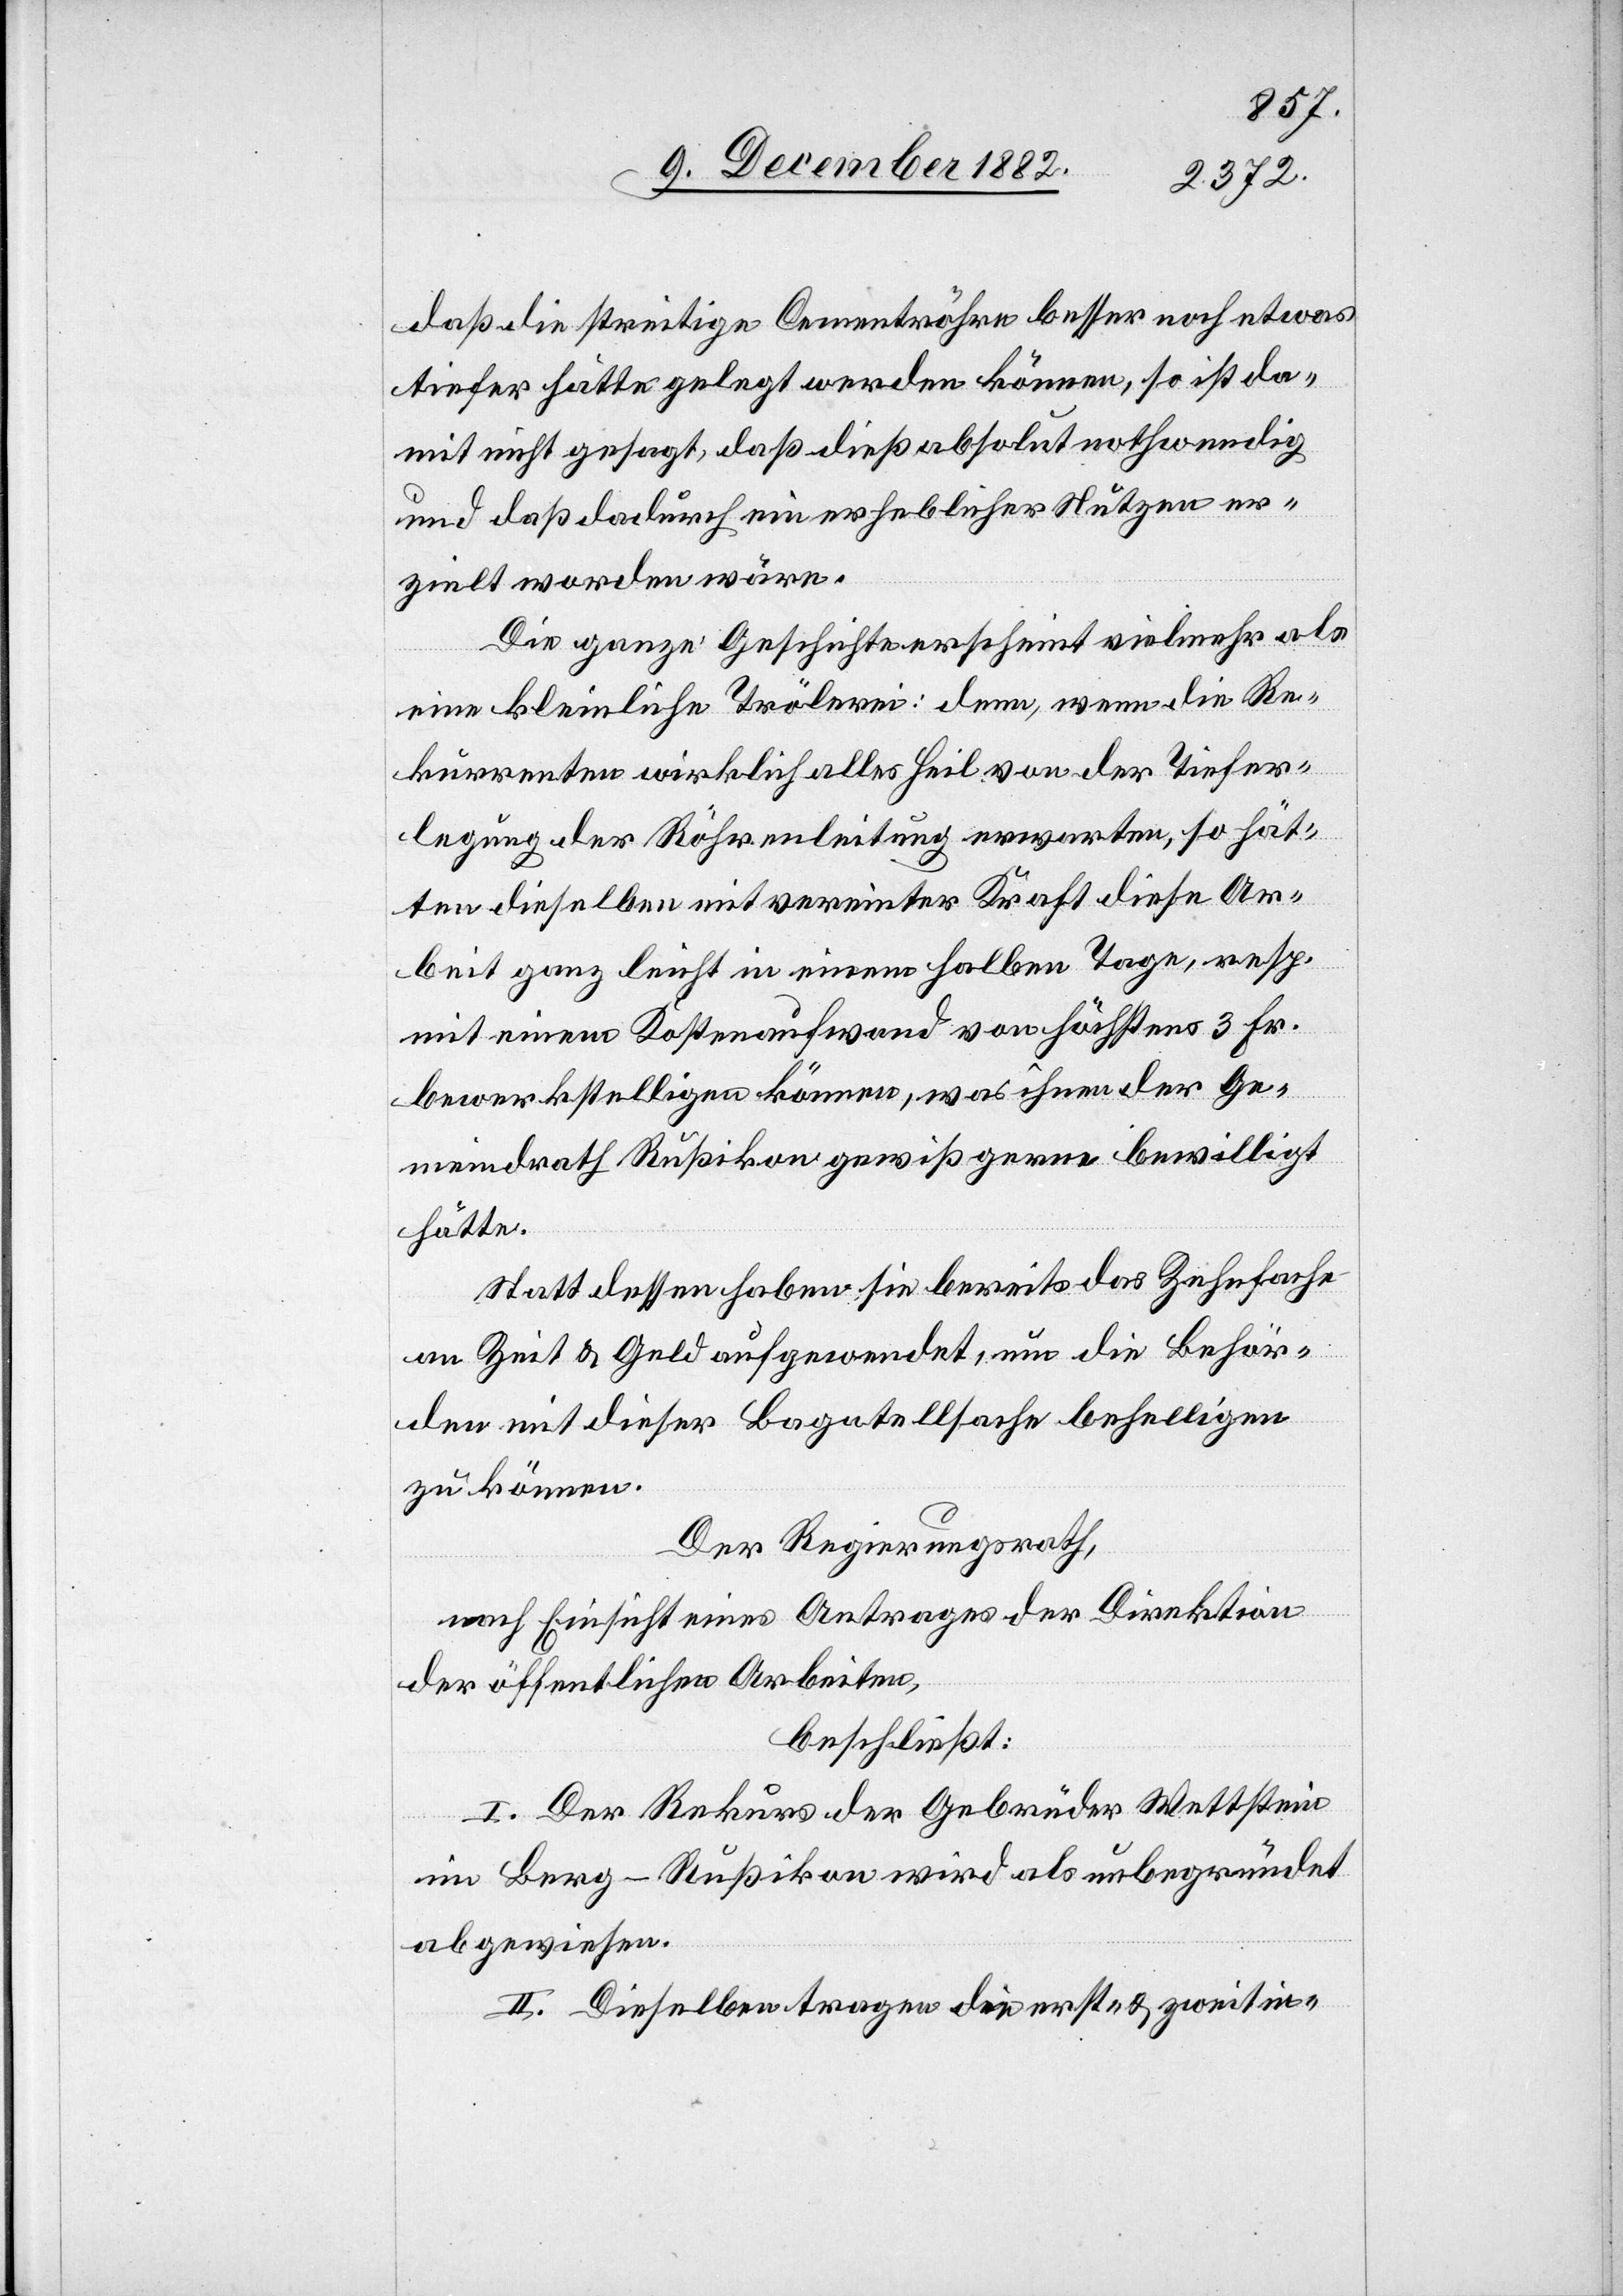
daß die streitige Cementröhre besser noch etwas
tiefer hätte gelegt werden können, so ist da¬
mit nicht gesagt, daß dieß absolut nothwendig
und daß dadurch ein erheblicher Nutzen er¬
zielt worden wäre.
Die ganze Geschichte erscheint vielmehr als
eine kleinliche Trölerei: denn, wenn die Re¬
kurrenten wirklich alles Heil von der Tiefer¬
legung der Röhrenleitung erwarten, so hät¬
ten dieselben mit vereinter Kraft diese Ar¬
beit ganz leicht in einem halben Tage, resp.
mit einem Kostenaufwand von höchstens 3 Fr.
bewerkstelligen können, was ihnen der Ge¬
meindrath Rußikon gewiß gerne bewilligt
hätte.
Statt dessen haben sie bereits das Zehnfache
an Zeit & Geld aufgewendet, um die Behör¬
den mit dieser Bagatellsache behelligen
zu können.
Der Regierungsrath,
nach Einsicht eines Antrages der Direktion
der öffentlichen Arbeiten,
beschließt:
I. Der Rekurs der Gebrüder Wettstein
im Berg - Rußikon wird als unbegründet
abgewiesen.
II. Dieselben tragen die erst- & zweitin-